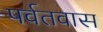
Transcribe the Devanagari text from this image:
पर्वतवास